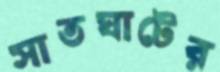
সাতঘাটের